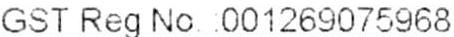
GST REG NO. : 001269075968